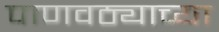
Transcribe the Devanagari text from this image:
पाणवठ्याच्‍या